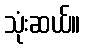
သုံးဆယ်။